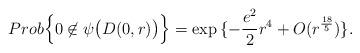
LaTeX: \begin{align*}Prob\Big\{0\not\in\psi\big(D(0,r)\big)\Big\}=\exp{\{-\frac{e^2}{2}r^4+O(r^{\frac{18}{5}})\}}.\end{align*}